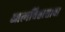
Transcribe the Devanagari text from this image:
आत्मविश्वासाचा